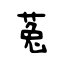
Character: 菟